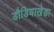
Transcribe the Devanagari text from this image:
डौडियाखेड़ा